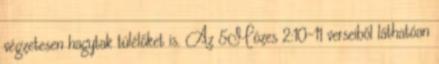
végzetesen hagytak túlélőket is. Az 5Mózes 2:10-11 verseiből láthatóan